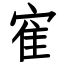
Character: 寉